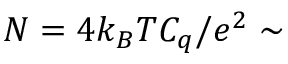
N = 4 k _ { B } T C _ { q } / e ^ { 2 } \sim